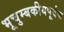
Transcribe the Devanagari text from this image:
भूचुम्बकीयपूर्वक